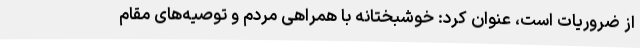
از ضروریات است، عنوان کرد: خوشبختانه با همراهی مردم و توصیه‌های مقام